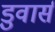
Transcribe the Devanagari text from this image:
डुवार्स